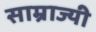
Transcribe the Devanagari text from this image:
साम्राज्यी